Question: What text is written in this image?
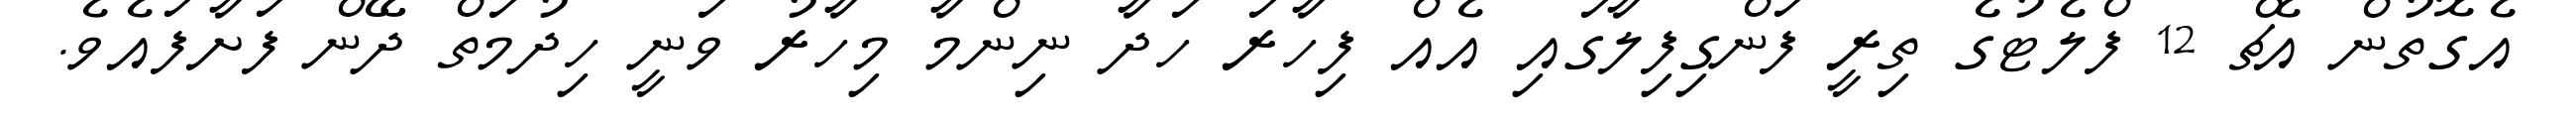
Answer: އެގޮތުން އެޗް 12 ފްލެޓުގެ ތިރީ ފަންގިފިލާގައި އެއް ފިހާރަ ހަދާ ނިންމާ މިހާރު ވަނީ ހިދުމަތް ދޭން ފަށާފައެވެ.